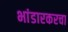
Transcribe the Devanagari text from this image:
भांडारकरचा